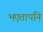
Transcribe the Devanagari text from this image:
भएतापनि